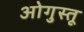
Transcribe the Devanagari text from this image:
ओगुस्तू